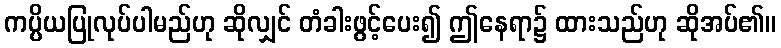
ကပ္ပိယပြုလုပ်ပါမည်ဟု ဆိုလျှင် တံခါးဖွင့်ပေး၍ ဤနေရာ၌ ထားသည်ဟု ဆိုအပ်၏။